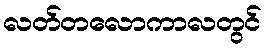
လတ်တလောကာလတွင်